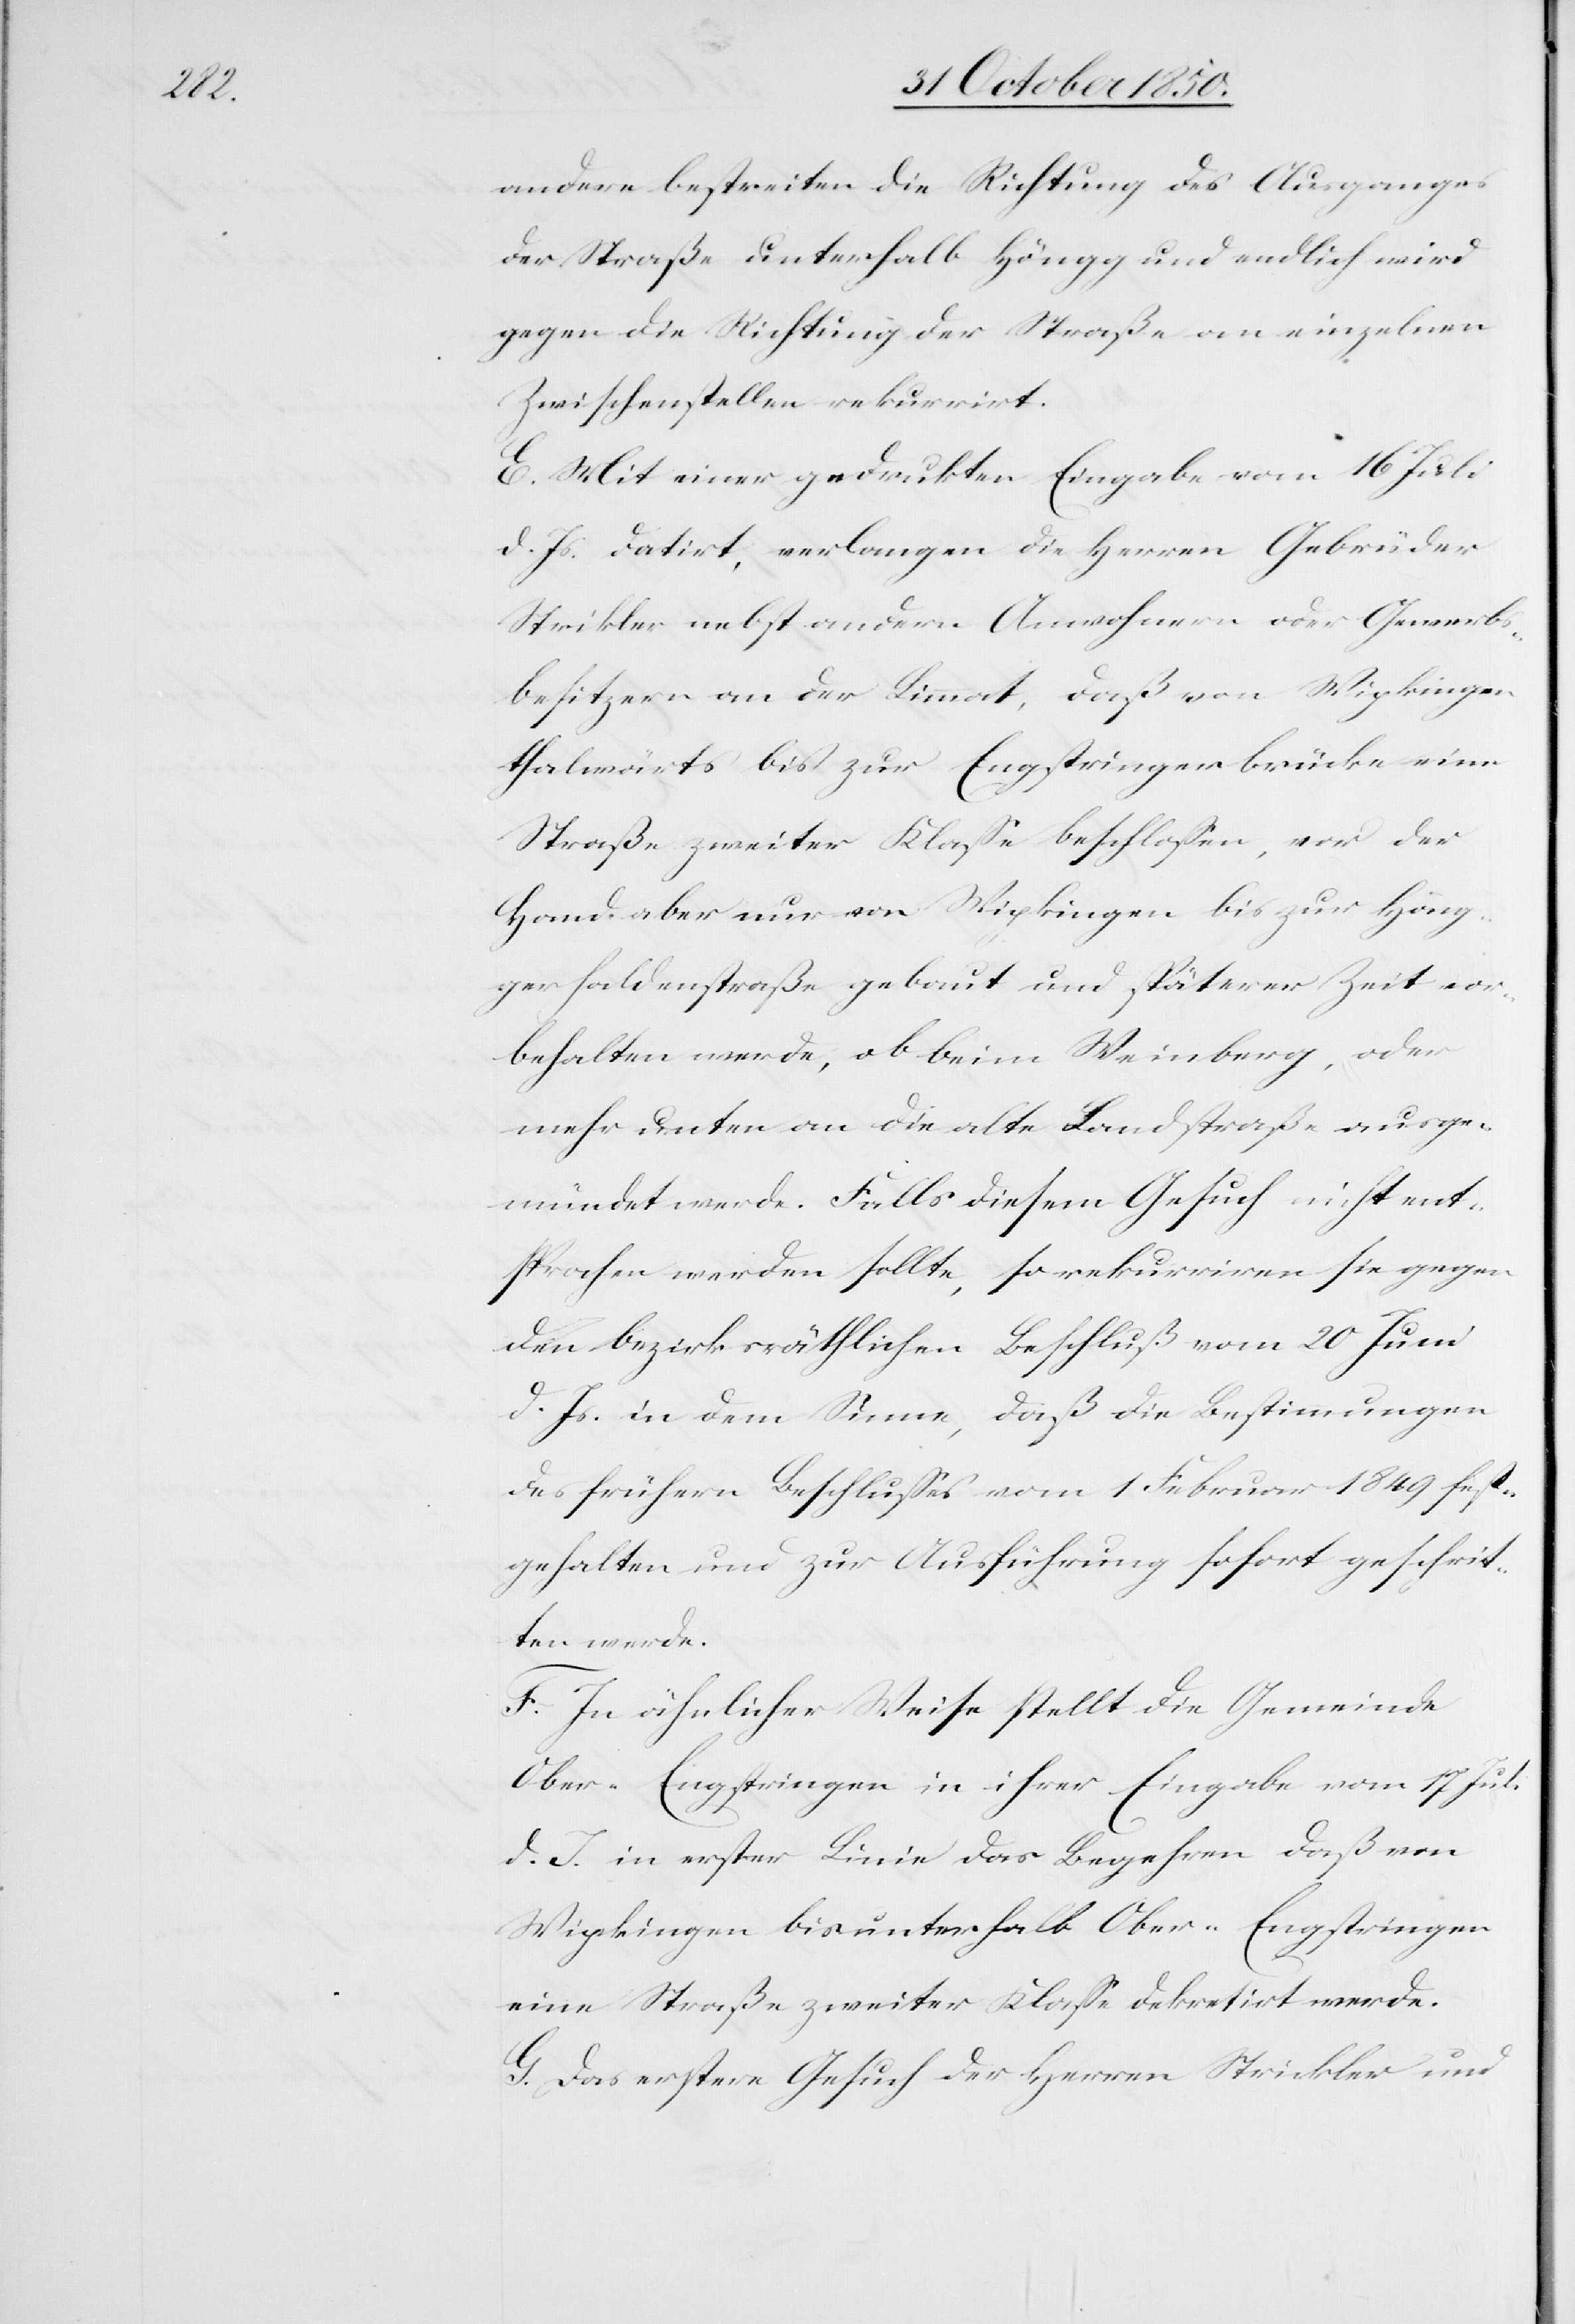
andere bestreiten die Richtung des Ausganges
der Straße unterhalb Höngg und endlich wird
gegen die Richtung der Straße an einzelnen
Zwischenstellen rekurrirt.
E. Mit einer gedrukten Eingabe vom 16 Juli
d. Js. datirt, verlangen die Herren Gebrüder
Strikler [sic!] nebst andern Anwohnern oder Gewerbs¬
besitzern an der Limmat, daß von Wipkingen
thalwärts bis zur Engstringerbrücke eine
Straße zweiter Klasse beschlossen, vor der
Hand aber nur von Wipkingen bis zur Hönn¬
gerhaldenstraße gebaut und späterer Zeit vor¬
behalten werde, ob beim Weinberg, oder
mehr unten an die alte Landstraße ausge¬
mündet werde. Falls diesem Gesuch nicht ent¬
sprochen werden sollte, so rekurriren sie gegen
den bezirksräthlichen Beschluß vom 20 Juni
d. Js. in dem Sinne, daß die Bestimmungen
des frühern Beschlusses vom 1 Februar 1849 fest¬
gehalten und zur Ausführung sofort geschrit¬
ten werde.
F. In ähnlicher Weise stellt die Gemeinde
Ober-Engstringen in ihrer Eingabe vom 17 Juli
d. J. in erster Linie das Begehren daß von
Wipkingen bis unterhalb Ober-Engstringen
eine Straße zweiter Klasse dekretirt werde.
G. Das erstere Gesuch der Herren Strickler und